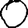
Digit: 0